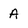
Character: A